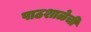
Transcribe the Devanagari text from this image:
पाठशाळेची